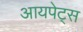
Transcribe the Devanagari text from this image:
आयपेट्स